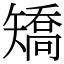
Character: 矯